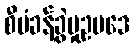
စီမံခန့်ခွဲမှုဥပဒေ